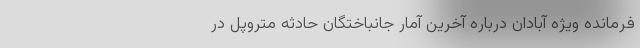
فرمانده ویژه آبادان درباره آخرین آمار جانباختگان حادثه متروپل در